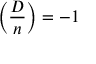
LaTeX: \left( { \frac { D } { n } } \right) = - 1